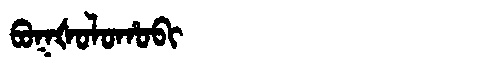
Manchu: ᠪᠣᡴᡧᠣᠯᠣᡥᠣᠪᡳ
Romanization: BOKŠOLOHOBI